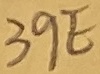
Text: 39E